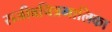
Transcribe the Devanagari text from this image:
सजीवचित्रमालिका